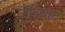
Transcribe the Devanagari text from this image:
जेदिवाद